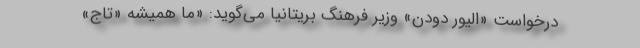
درخواست «الیور دودن» وزیر فرهنگ بریتانیا می‌گوید: «ما همیشه «تاج»